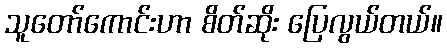
သူတော်ကောင်းဟာ စိတ်ဆိုး ပြေလွယ်တယ်။